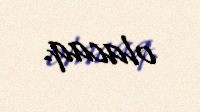
olacaq.